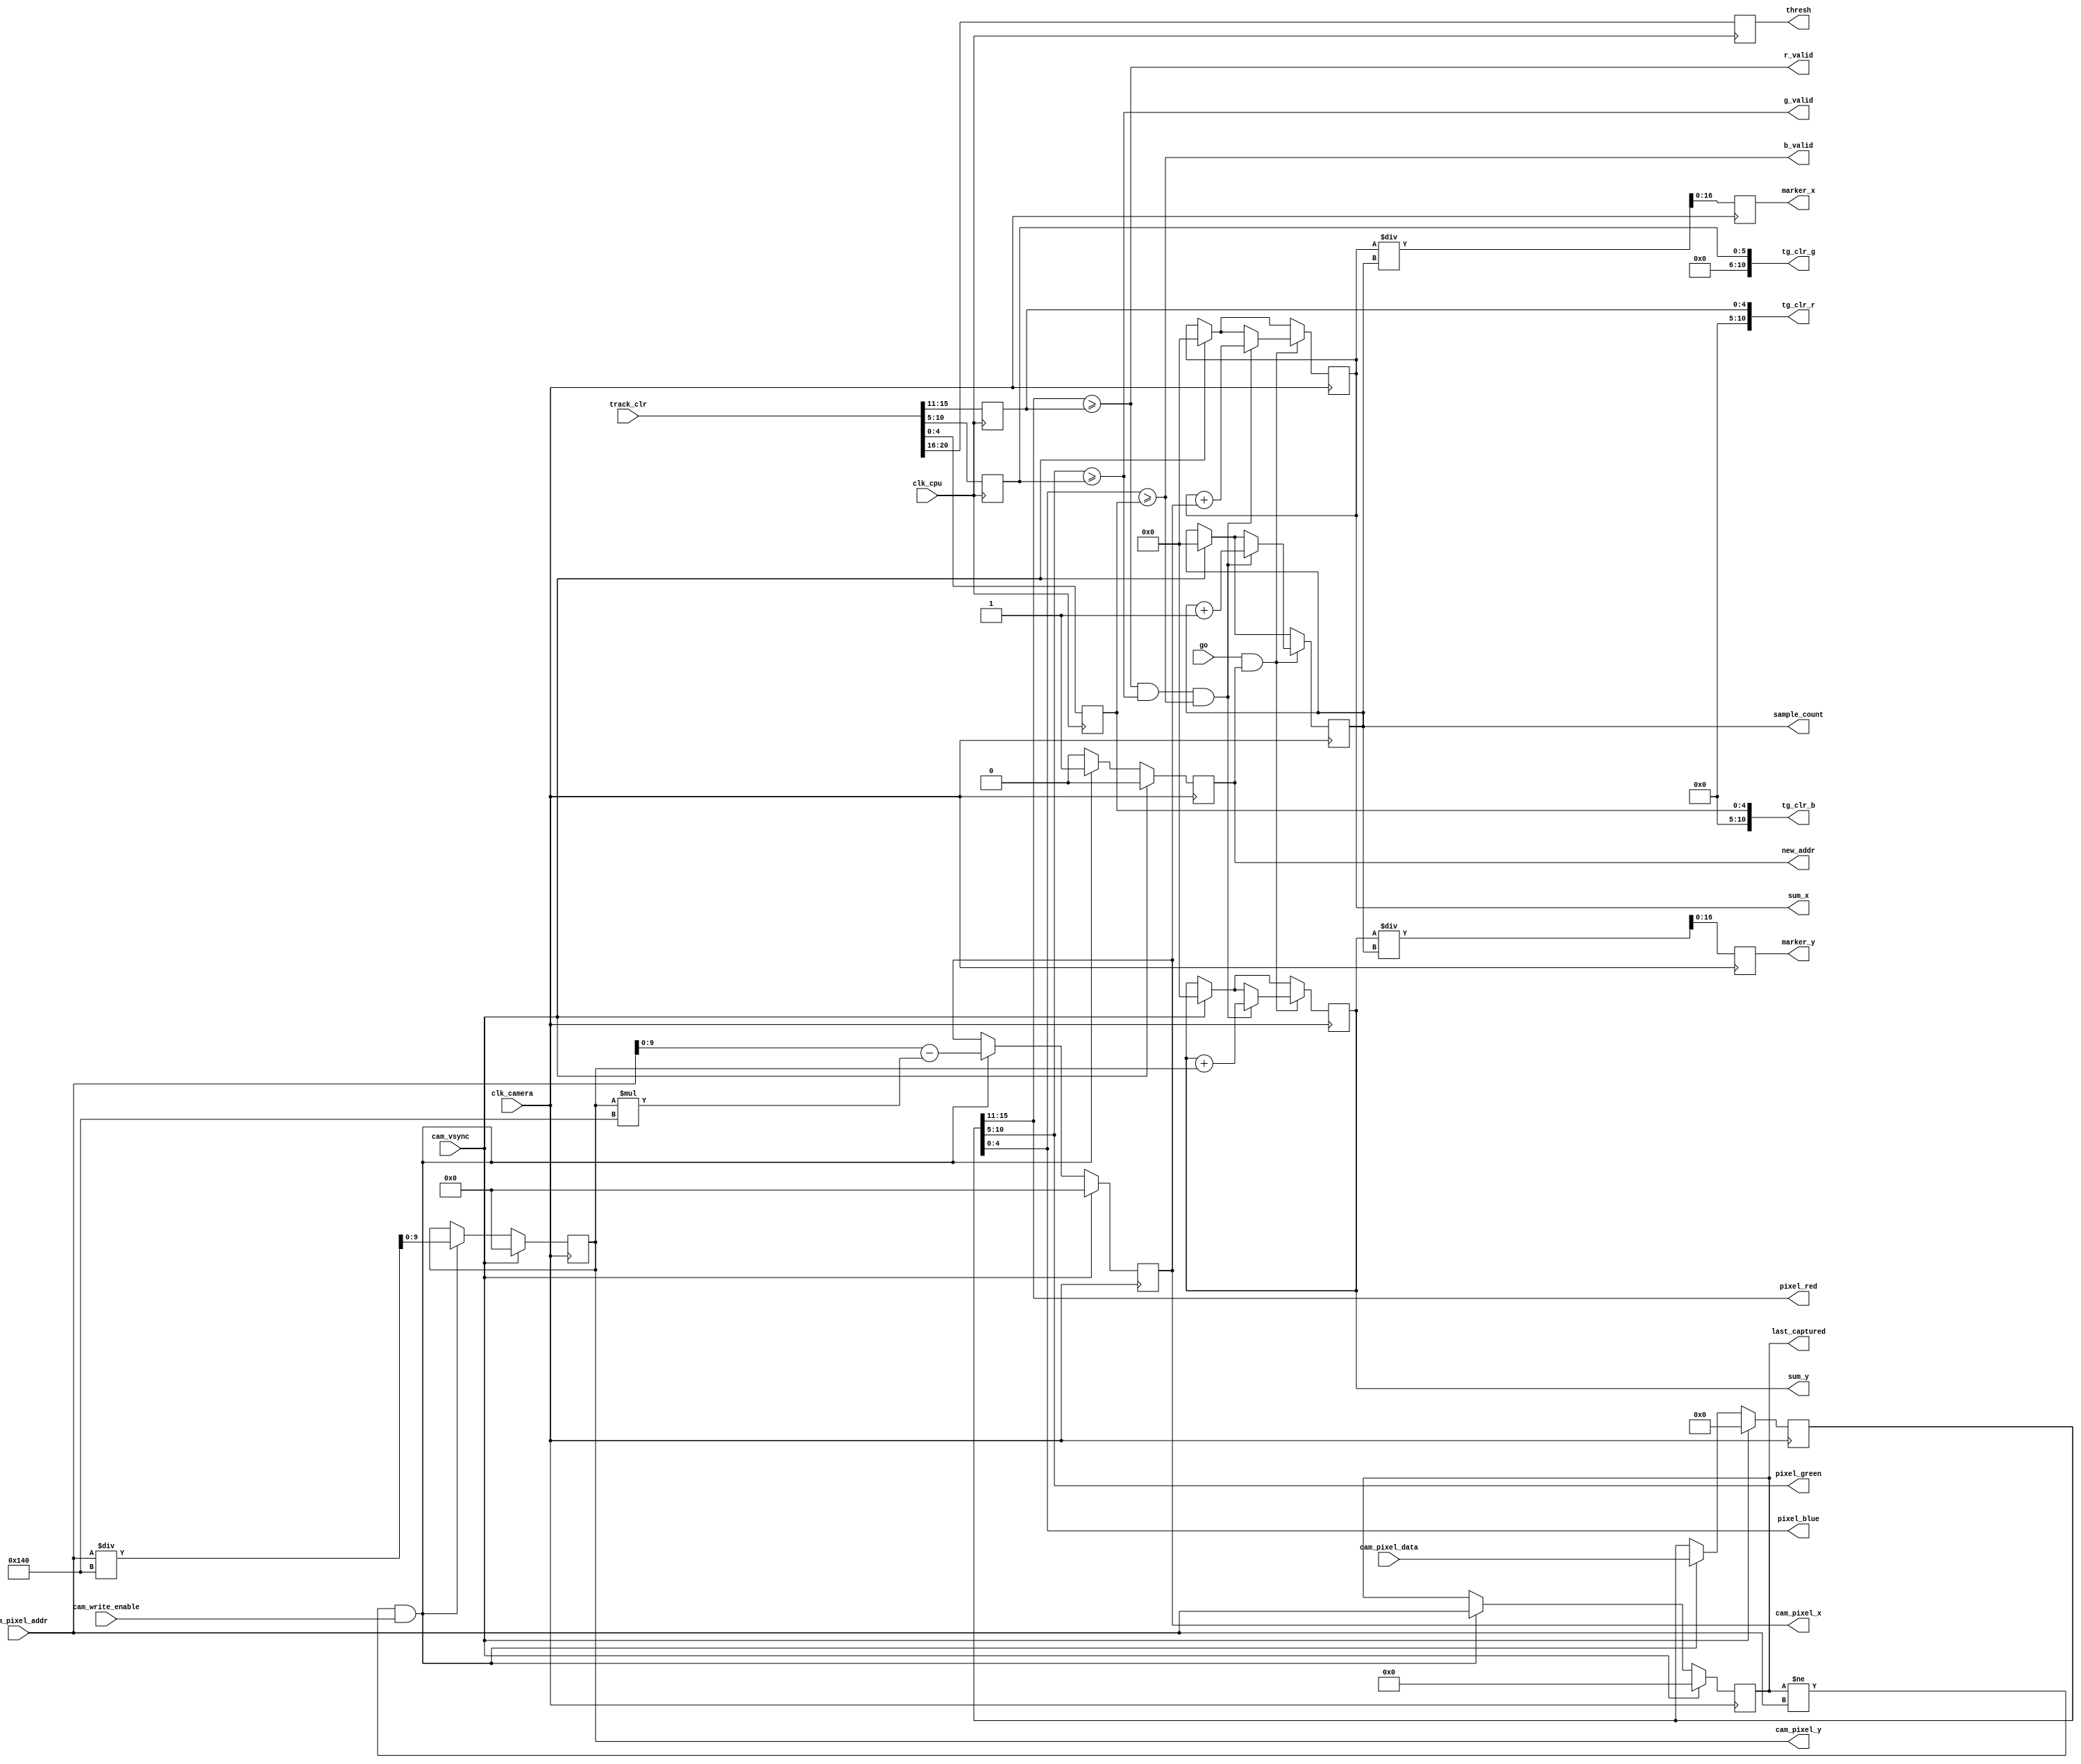
module marker_tracker(
	input clk_cpu,
	input clk_camera,
	input cam_vsync,
	input go,
	input [20:0]track_clr,
	input [15:0] cam_pixel_data,
	input [16:0]  cam_pixel_addr,
	input cam_write_enable,
	output [16:0] marker_x,
	output [16:0] marker_y,
	
	output r_valid,
	output b_valid,
	output g_valid,
	output reg new_addr,
	output reg [9:0]cam_pixel_x,
	output reg [9:0]cam_pixel_y,
	output reg [16:0]last_captured,
	output reg [31:0]sum_x,	//
    output reg [31:0]sum_y,
    output reg [31:0]sample_count, //
    output reg [10:0]tg_clr_r,
    output reg [10:0]tg_clr_g,
    output reg [10:0]tg_clr_b,
    output reg [4:0]thresh,
    output [4:0] pixel_red,
    output [5:0] pixel_green,
    output [4:0] pixel_blue
    
);
	
	reg [4:0]thresh;
	reg [10:0]tg_clr_r;
	reg [10:0]tg_clr_g;
	reg [10:0]tg_clr_b;
	
	reg [16:0]marker_x_reg;	// Holds marker_x latched
	reg [16:0]marker_y_reg;	// Holds marker_y latched

	reg [31:0]sum_x;	//
	reg [31:0]sum_y;
	reg [31:0]sample_count; //

	//wire [4:0] pixel_red;
	//wire [5:0] pixel_green;
	//wire [4:0] pixel_blue;

	reg [9:0] cam_pixel_x;
	reg [9:0] cam_pixel_y;
	reg [16:0] last_captured;
	reg new_addr;
    reg [15:0]cam_pixel_data_reg;
    
	assign marker_x = marker_x_reg;
	assign marker_y = marker_y_reg;

	assign pixel_red = cam_pixel_data_reg[15:11];
	assign pixel_green = cam_pixel_data_reg[10:5];
	assign pixel_blue = cam_pixel_data_reg[4:0];

	initial
    begin
        thresh = 5'b0;
        tg_clr_r = 5'b0;
        tg_clr_g = 6'b0;
        tg_clr_b = 5'b0;
        marker_x_reg = 17'd0;
        marker_y_reg = 17'd0;
        sum_x = 32'd0;
        sum_y = 32'd0;
        sample_count = 32'd0;
    end 


    wire r_valid;
    wire g_valid;
    wire b_valid;

    assign r_valid =  pixel_red >= tg_clr_r;
    assign g_valid = pixel_green >= tg_clr_g;
    assign b_valid =  pixel_blue >= tg_clr_b;
    
    //record x, y from address and capture new address to process
    always @(posedge clk_camera)
    begin
        if (cam_vsync)
        begin
            cam_pixel_x <= 10'b0;
            cam_pixel_y <= 10'b0;
            new_addr <= 0;
            last_captured <= 0;
            cam_pixel_data_reg <= 0;
        end
        else if(last_captured != cam_pixel_addr && cam_write_enable == 1)
        begin
            cam_pixel_y <= cam_pixel_addr/320;
            cam_pixel_x <= cam_pixel_addr - cam_pixel_y*320;
            new_addr = 1;
            cam_pixel_data_reg <= cam_pixel_data;
            last_captured <= cam_pixel_addr;
        end
        else
            new_addr <= 0;
    end
    
    //Capture color and threshold
    always @(posedge clk_cpu)
    begin
        thresh <= track_clr[20:16];
        tg_clr_r <= {5'b0, track_clr[15:11]};
        tg_clr_g <= {4'b0, track_clr[10:5]};
        tg_clr_b <= {5'b0, track_clr[4:0]};
    end
    
    //
	always @(posedge clk_camera)
	begin
	   if(cam_vsync)
        begin
            // Reset counter
            sample_count <= 32'b0;
            // Reset sum x and y
            sum_x <= 32'b0;
            sum_y <= 32'b0;
            marker_x_reg <= 17'b0;
            marker_y_reg <= 17'b0;
        end
	
	   if(go && new_addr)
	   begin
            if(r_valid && g_valid && b_valid)
            begin
                sum_x <= sum_x + cam_pixel_x;
                sum_y <= sum_y + cam_pixel_y;
                //Increment count
                sample_count <= sample_count + 1;
            end
        end
        marker_x_reg <= sum_x/sample_count;
        marker_y_reg <= sum_y/sample_count;
	end

endmodule